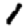
Digit: 1